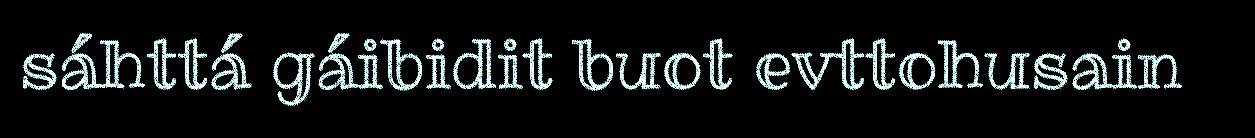
sáhttá gáibidit buot evttohusain